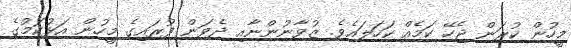
މީހުން ކުރަން ޖެހޭ ކަމެއް ކަހަލައެވެ. ޒުވާނުންނާއި ދެވަން ފުރައިގެ މީހުން އަޅުކަމުގެ